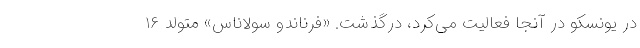
در یونسکو در آنجا فعالیت می‌کرد، درگذشت. «فرناندو سولاناس» متولد ۱۶